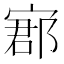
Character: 𡩫